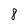
Character: 8